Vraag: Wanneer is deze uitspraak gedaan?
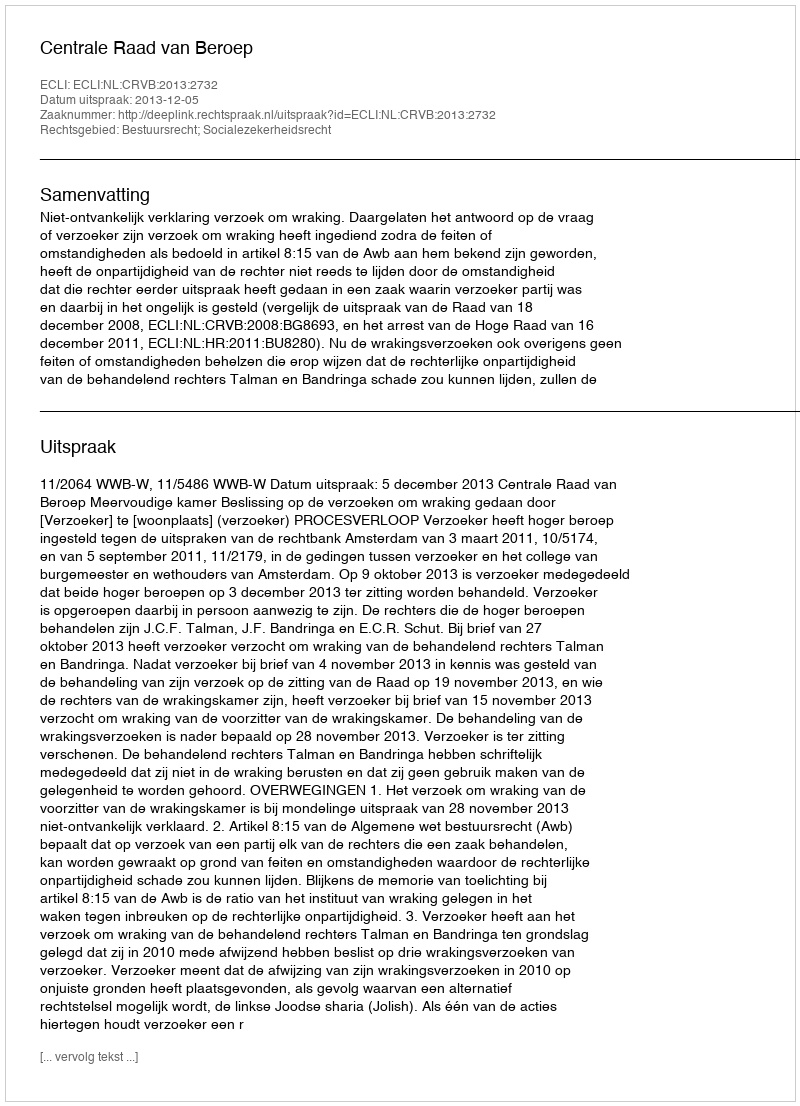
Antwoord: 2013-12-05